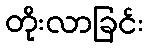
တိုးလာခြင်း